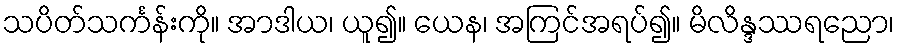
သပိတ်သင်္ကန်းကို။ အာဒါယ၊ ယူ၍။ ယေန၊ အကြင်အရပ်၍။ မိလိန္ဒဿရညော၊